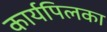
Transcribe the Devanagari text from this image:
कार्यपिलका